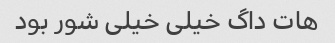
هات داگ خیلی خیلی شور بود